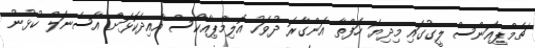
ޗެމްޕިއަންސް ލީގުގައި މިދިޔަ ހަފްތާ އަންގާރަ ދުވަހު އޮލިމްޕިއާކޯސް އާއިދެކޮޅަށް އާސެނަލް ކުޅުނު